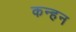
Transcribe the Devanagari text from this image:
कन्हन